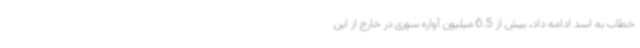
خطاب به اسد ادامه داد، بیش از 6.5 میلیون آواره سوری در خارج از این